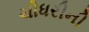
ચૌધરીની